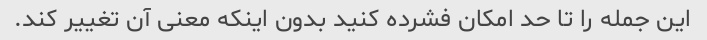
این جمله را تا حد امکان فشرده کنید بدون اینکه معنی آن تغییر کند.